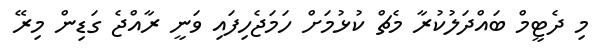
މި ދެޓީމް ބައްްދަލުކުރާ މެޗް ކުޅުމަށް ހަމަޖެހިފައި ވަނީ ރާއްޖެ ގަޑިން މިރޭ